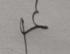
Signature authenticity: genuine